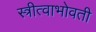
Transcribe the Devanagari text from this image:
स्त्रीत्वाभोवती